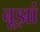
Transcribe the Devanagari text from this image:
बूझां